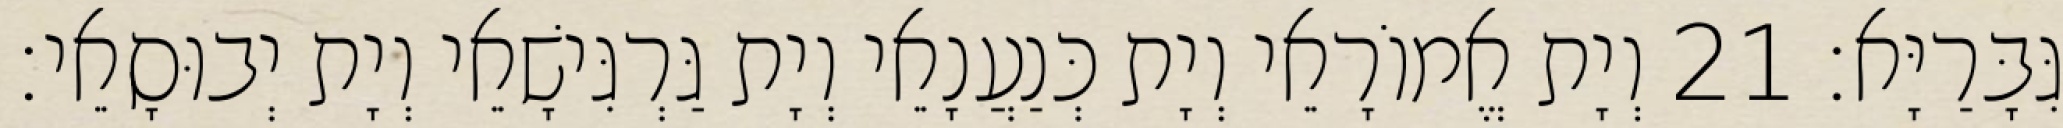
גִּבָּרַיָּא׃ 21 וְיָת אֱמוֹרָאֵי וְיָת כְּנַעֲנָאֵי וְיָת גַּרְגִּישָׁאֵי וְיָת יְבוּסָאֵי׃